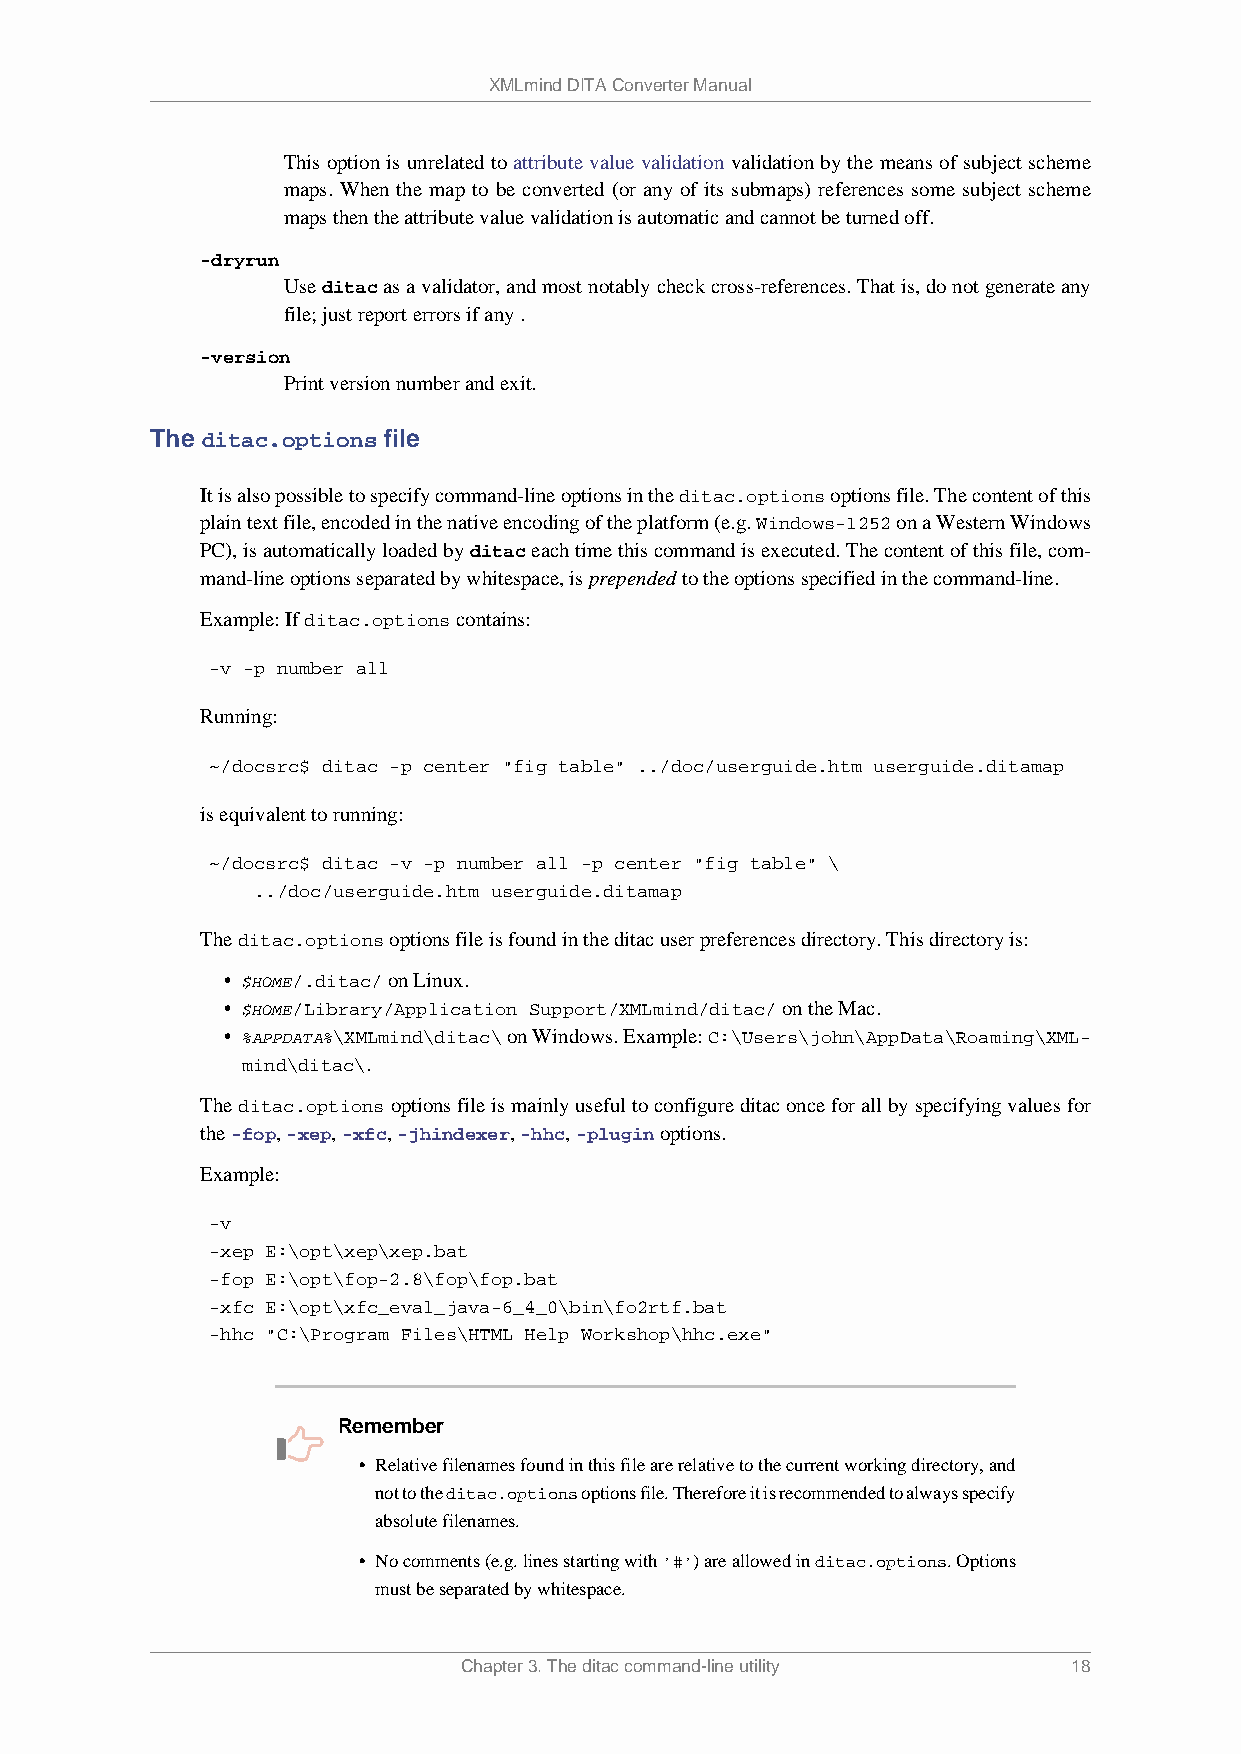
XMLmind DITA Converter Manual
 This option is unrelated to attribute value validation validation by the means of subject scheme
 maps. When the map to be converted (or any of its submaps) references some subject scheme
 maps then the attribute value validation is automatic and cannot be turned off.
 -dryrun
 Use ditac as a validator, and most notably check cross-references. That is, do not generate any
 file; just report errors if any .
 -version
 Print version number and exit.
 The ditac.options file
 It is also possible to specify command-line options in the ditac.options options file. The content of this
 plain text file, encoded in the native encoding of the platform (e.g. Windows-1252 on a Western Windows
 PC), is automatically loaded by ditac each time this command is executed. The content of this file, com-
 mand-line options separated by whitespace, is prepended to the options specified in the command-line.
 Example: If ditac.options contains:
 -v -p number all
 Running:
 ~/docsrc$ ditac -p center "fig table" ../doc/userguide.htm userguide.ditamap
 is equivalent to running:
 ~/docsrc$ ditac -v -p number all -p center "fig table" \
 ../doc/userguide.htm userguide.ditamap
 The ditac.options options file is found in the ditac user preferences directory. This directory is:
 • $HOME/.ditac/ on Linux.
 • $HOME/Library/Application Support/XMLmind/ditac/ on the Mac.
 • %APPDATA%\XMLmind\ditac\ on Windows. Example: C:\Users\john\AppData\Roaming\XML-
 mind\ditac\.
 The ditac.options options file is mainly useful to configure ditac once for all by specifying values for
 the -fop, -xep, -xfc, -jhindexer, -hhc, -plugin options.
 Example:
 -v
 -xep E:\opt\xep\xep.bat
 -fop E:\opt\fop-2.8\fop\fop.bat
 -xfc E:\opt\xfc_eval_java-6_4_0\bin\fo2rtf.bat
 -hhc "C:\Program Files\HTML Help Workshop\hhc.exe"
 Remember
 • Relative filenames found in this file are relative to the current working directory, and
 not to the ditac.options options file. Therefore it is recommended to always specify
 absolute filenames.
 • No comments (e.g. lines starting with '#') are allowed in ditac.options. Options
 must be separated by whitespace.
 Chapter 3. The ditac command-line utility 18